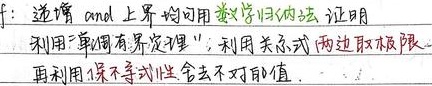
\(f\)：递增且有上界，均可用数学归纳法证明。利用“单调有界定理”，利用关系式，两边取极限，再利用保不等式性，舍去不对的值。